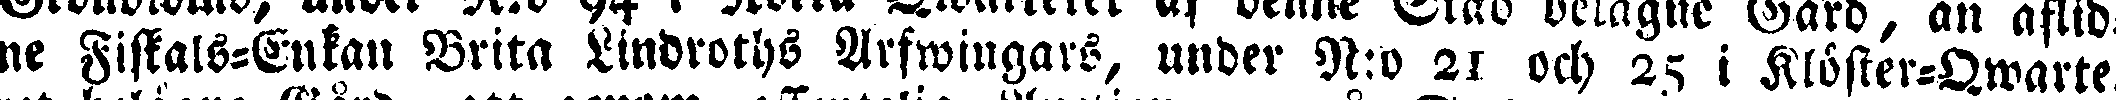
ne Fiskals-Enkan Brita Lindroths Arfwingars, under N:o 21 och 25 i Klöster-Qwarte